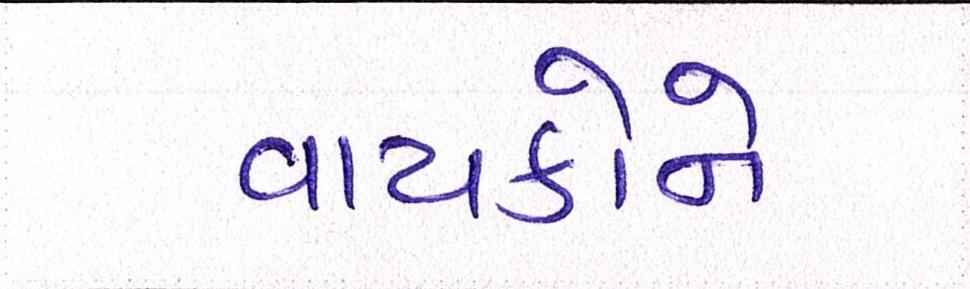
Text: વાચકોને